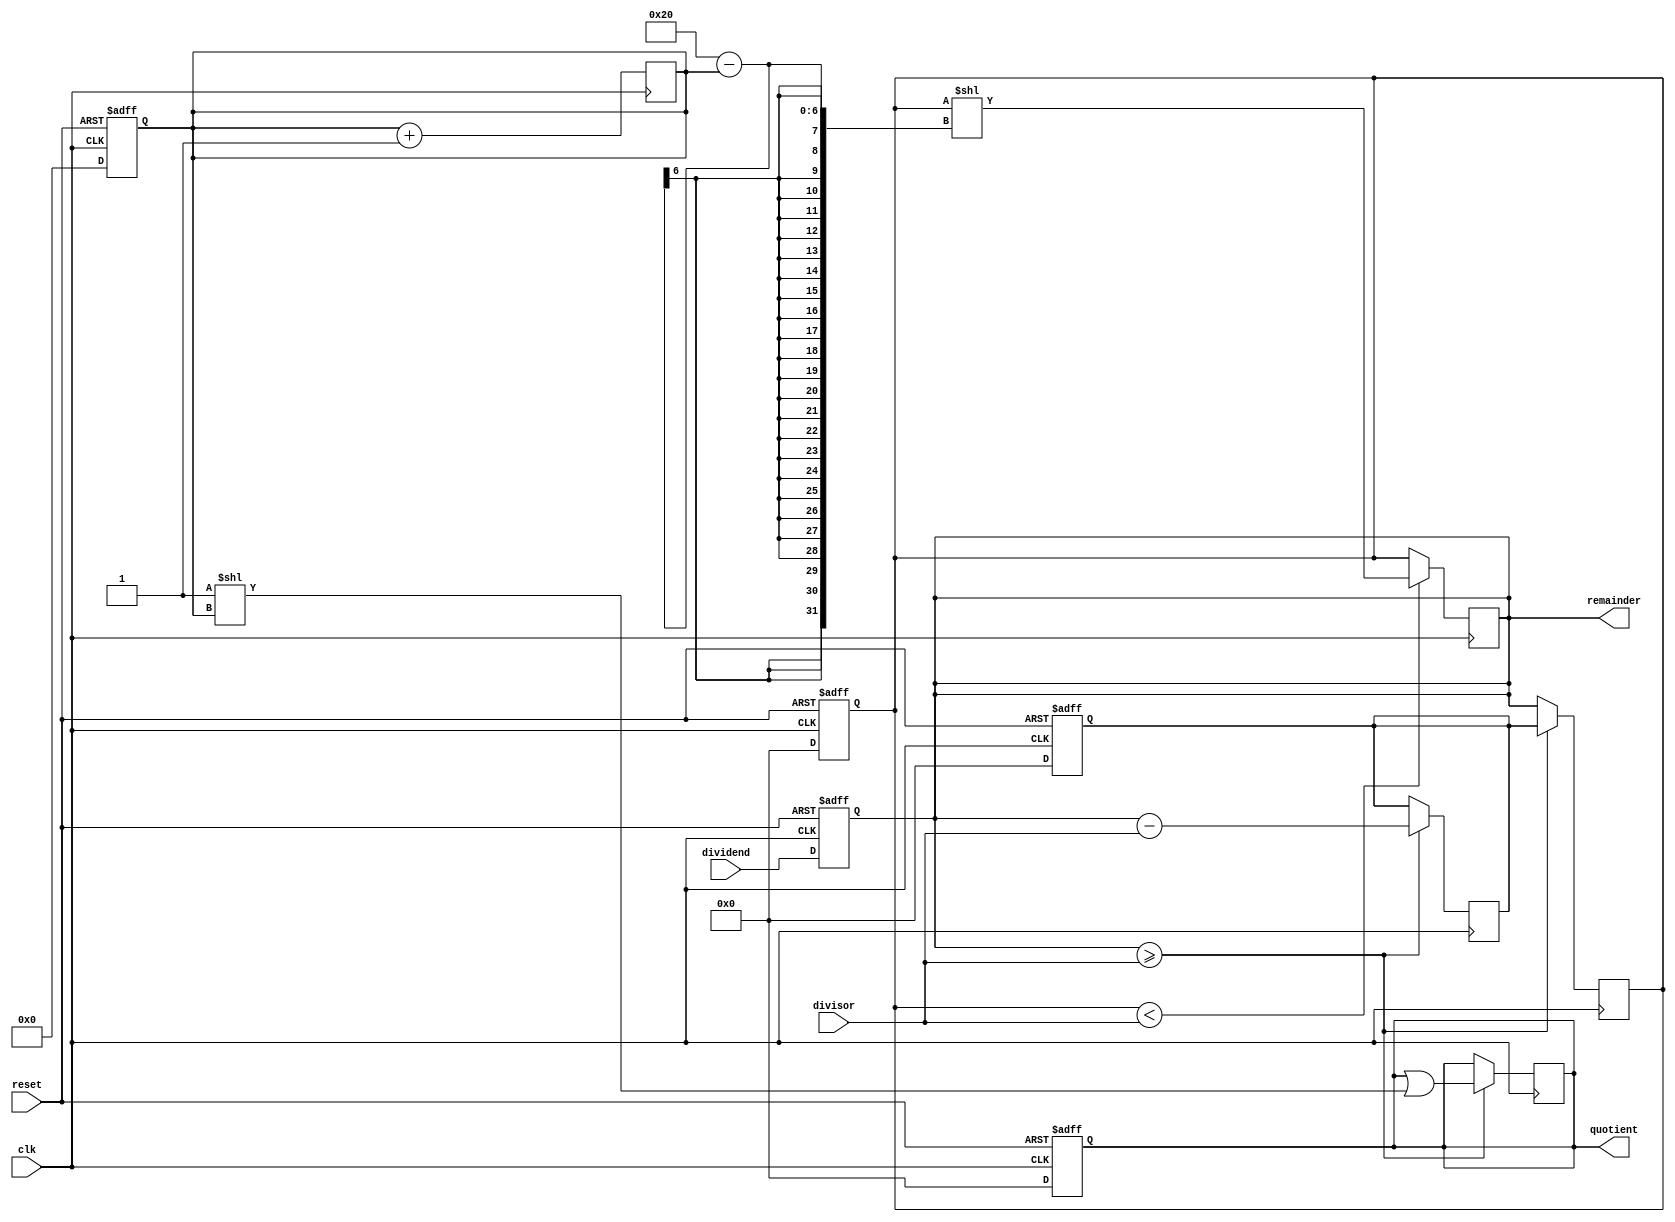
module radix2_srt_divider(
    input wire clk,
    input wire reset,
    input wire [31:0] dividend,
    input wire [31:0] divisor,
    output reg [31:0] quotient,
    output reg [31:0] remainder
);

reg [31:0] dividend_reg;
reg [31:0] remainder_reg;
reg [31:0] rem_shifted;
reg [31:0] quotient_reg;
reg [31:0] sub_result;
reg [31:0] diff;
reg [4:0] shift_amt;
reg [4:0] count;

always @(posedge clk or posedge reset) begin
    if (reset) begin
        dividend_reg <= 0;
        remainder_reg <= 0;
        rem_shifted <= 0;
        quotient_reg <= 0;
        sub_result <= 0;
        diff <= 0;
        shift_amt <= 0;
        count <= 0;
    end else begin
        dividend_reg <= dividend;
        remainder_reg <= dividend;
        rem_shifted <= remainder_reg >> 1;
        quotient_reg <= 0;
        sub_result <= 0;
        diff <= 0;
        shift_amt <= 0;
        count <= 0;
    end
end

always @(posedge clk) begin
    if (remainder_reg >= divisor) begin
        sub_result <= remainder_reg - divisor;
        diff <= sub_result;
        quotient_reg <= quotient_reg | (1 << count);
    end else begin
        diff <= remainder_reg;
    end
    
    if (diff < divisor) begin
        shift_amt <= count;
        remainder_reg <= diff << (32 - count);
    end else begin
        remainder_reg <= diff;
    end
    
    count <= count + 1;
end

assign quotient = quotient_reg;
assign remainder = remainder_reg;

endmodule